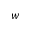
w